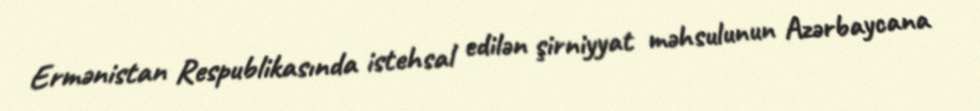
Ermənistan Respublikasında istehsal edilən şirniyyat məhsulunun Azərbaycana